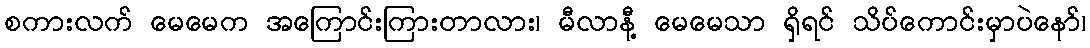
စကားလက် မေမေက အကြောင်းကြားတာလား၊ မီလာနီ့ မေမေသာ ရှိရင် သိပ်ကောင်းမှာပဲနော်၊